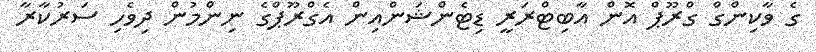
ގެ ވާކިންގް ގްރޫޕް އޮން އާބިޓްރަރީ ޑިޓެންޝަންއިން އެގްރޫޕްގެ ނިންމުން ދިވެހި ސަރުކާރާ